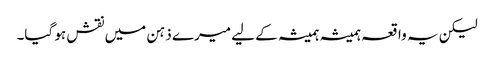
لیکن یہ واقعہ ہمیشہ ہمیشہ کے لیے میرے ذہن میں نقش ہو گیا۔